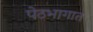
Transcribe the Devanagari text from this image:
पेठभागात